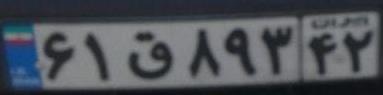
۶۱ق۸۹۴۲